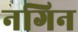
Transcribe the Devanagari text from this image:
नगिन